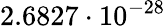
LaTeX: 2.6827\cdot 10^{-28}